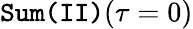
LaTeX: \texttt{Sum(II)}(\tau=0)